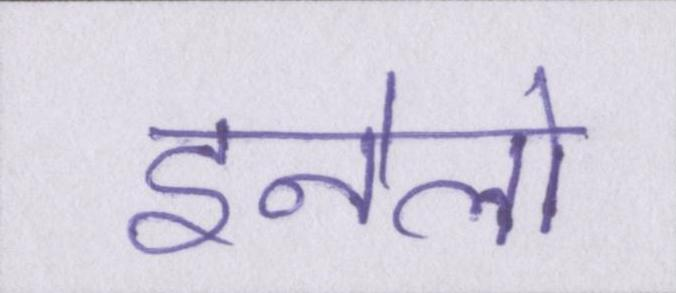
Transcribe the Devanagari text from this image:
इनेलो